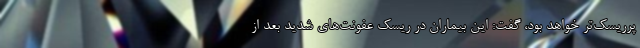
پرریسک‌تر خواهد بود، گفت: این بیماران در ریسک عفونت‌های شدید بعد از